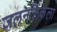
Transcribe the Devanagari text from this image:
जलनलिकेला